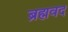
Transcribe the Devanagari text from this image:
ब्रह्मवद